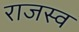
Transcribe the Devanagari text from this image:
राजस्व